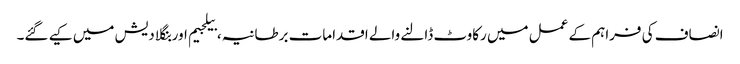
انصاف کی فراہم کے عمل میں رکاوٹ ڈالنے والے اقدامات برطانیہ، بیلجیم اور بنگلا دیش میں کیے گئے۔